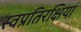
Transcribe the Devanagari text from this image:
स्वप्रतिरक्षियां